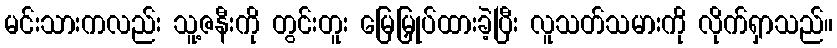
မင်းသားကလည်း သူ့ဇနီးကို တွင်းတူး မြေမြှုပ်ထားခဲ့ပြီး လူသတ်သမားကို လိုက်ရှာသည်။